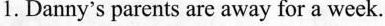
1.Danny's parents are away for a week.